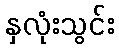
နှလုံးသွင်း